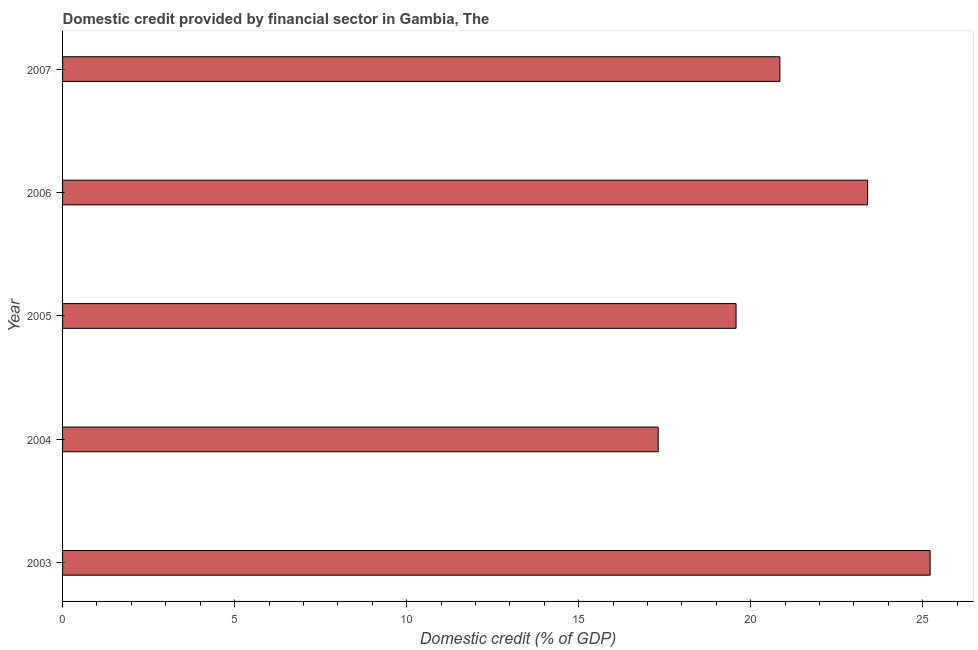
| Year | Domestic credit provided by financial sector |
 | --- | --- |
 | 2003 | 25.2 |
 | 2004 | 17.3 |
 | 2005 | 19.6 |
 | 2006 | 23.4 |
 | 2007 | 20.8 |